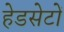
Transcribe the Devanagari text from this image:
हेडसेटों